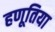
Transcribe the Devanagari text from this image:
हणूतिया